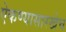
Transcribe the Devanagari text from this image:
ऐकण्यासारखेच